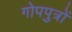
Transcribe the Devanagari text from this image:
गोपपुत्रों